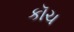
કૉચ